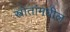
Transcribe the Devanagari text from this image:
स्त्रोतांमधील